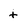
Character: t